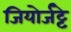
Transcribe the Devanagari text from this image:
जियोर्जट्टे